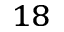
^ { 1 8 }